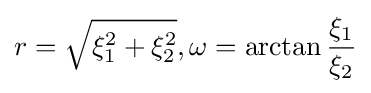
r={\sqrt {\xi _{1}^{2}+\xi _{2}^{2}}},\omega =\arctan {\frac {\xi _{1}}{\xi _{2}}}